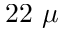
2 2 \ \mu